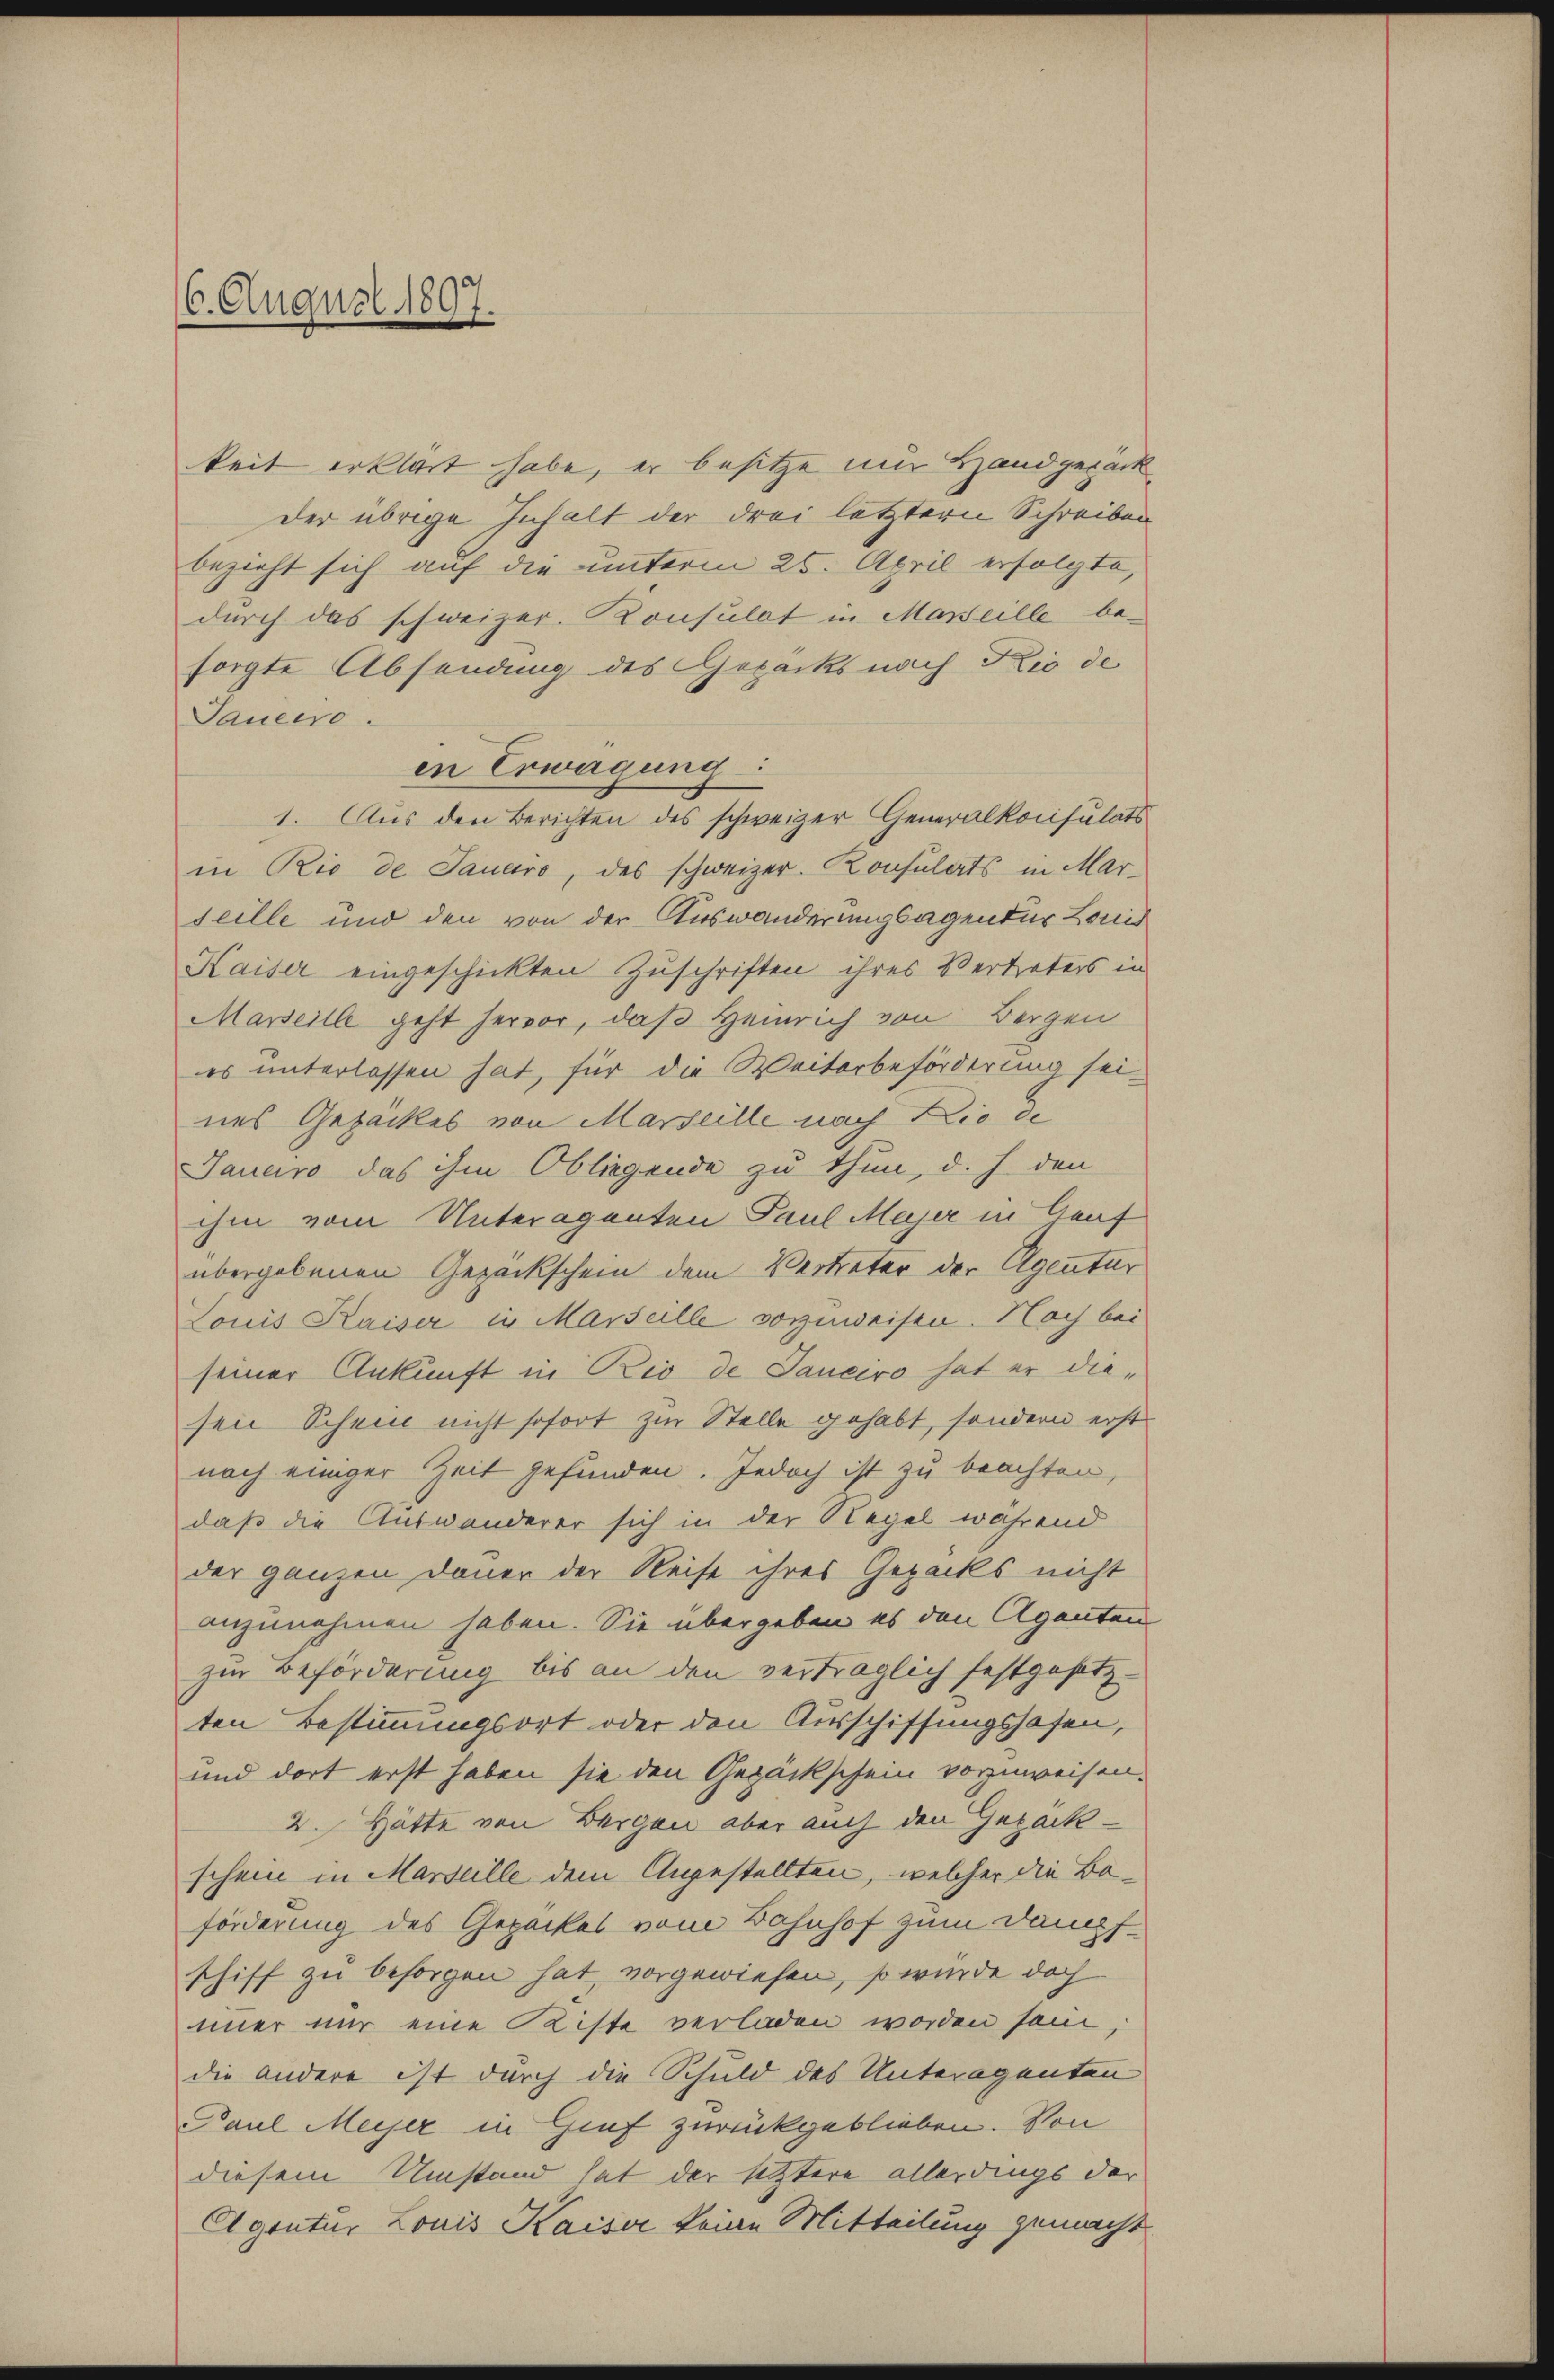
6. August 1897.

keit erklärt habe, er besitze im Handgepack
der übrige Inhalt der drei letztern Schreiben
bezieht sich auf die unterm 25. April erfolgte,
durch das schweizer. Konsulat in Marseille be-
sorgte Absendung des Gepäcks nach Kio de
Taueero.
in Erwägung:
1. Aus den Berichten des schweizer Generalkonsulats
in Rio de Tauaro, des schweizer. Konsulats in Marseille und den von der Auswanderungsagender Louis
Kaiser eingeschickten Zuschriften ihres Vertreters in
Marseille geht hervor, daß Heinrich von Bergen
es unterlassen hat, für die Weiterbeförderung sei-
nes Gepackes von Marseille nach die de
Janaro das ihm Obliegende zu thun, d. h. den
ihm vom Unteragenten Paul Majer in Graf
übergebenen Gezackschein dem Vertreter der Agentur
Louis Kaiser in Marseille vorzuweisen. Nach bei
seiner Ankunft in Rio de Sanciro hat er diesen Schein nicht sofort zur Stelle gehabt, sondern erst
nach einiger Zeit gefunden. Jedoch ist zu beachten,
daß die Auswanderer sich in der Regel während
der ganzen Dauer der Reise ihres Gepacks nicht
anzunehmen haben. Sie übergeben es den Agenten
zur Beförderung bis an den verträglich festgesetzten Bestimmungsort oder den Ausschiffungshofen,
und dort erst haben sie den Gepäckschein vorzuweisen.
2. Hätte von Bergen aber auch den Gezackschein in Marseille dem Angestellten, welcher die Baförderung des Gepackes vom Bahnhof zum Dampfschiff zu besorgen hat, vorgewiesen, so wurde doch
imer nur eine Kiste verladen worden sein,
die andere ist durch die Schuld des Unteragenten
Paul Meier in Gief zurückgeblieben. Von
diesem Umstand hat der setztere allerdings der
Agentur Louis Kaiser keine Mitteilung gemacht